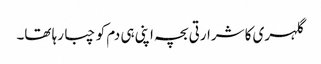
گلہری کا شرارتی بچہ اپنی ہی دم کو چبا رہا تھا۔